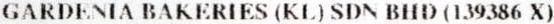
GARDENIA BAKERIES (KL) SDN BHD (139386 X)